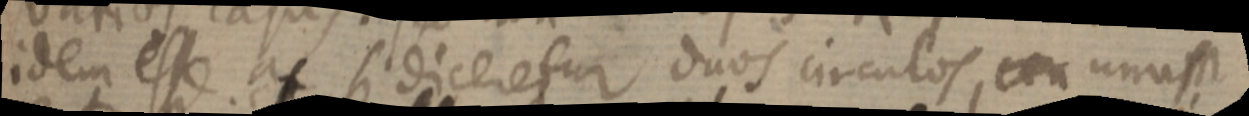
idem esse at si diceretur duos circulos, ceu unum